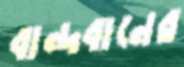
বান্দবানের